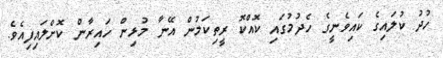
ހުދު ކުލައިގެ ކައިވެނީގެ ހެދުމުގައި ކޮއްކޮ ރީތިކަމުން އޭނާ މުޅިން ހައިރާން ކޮށްލައިފިއެވެ.